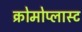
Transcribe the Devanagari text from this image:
क्रोमोप्लास्ट